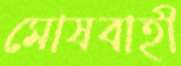
মোষবাহী